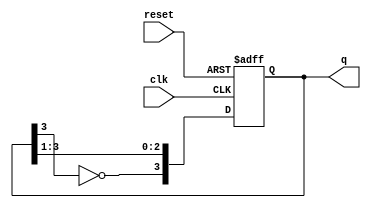
module ring_johnson_counter #(
    parameter n = 4  // Define the bit width (number of flip-flops)
)(
    input wire clk,      // Clock input
    input wire reset,    // Asynchronous reset
    output reg [n-1:0] q // Output state
);

// Internal signal for feedback
wire feedback;

// Feedback logic: Invert the last flip-flop output
assign feedback = ~q[n-1];

// Sequential logic for the Johnson counter
always @(posedge clk or posedge reset) begin
    if (reset) begin
        // Initialize the counter to all zeros
        q <= 0;
    end else begin
        // Shift the states and apply feedback
        q <= {feedback, q[n-1:1]};
    end
end

endmodule